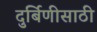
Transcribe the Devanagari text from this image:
दुर्बिणीसाठी